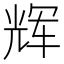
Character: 辉